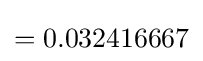
=0.032416667